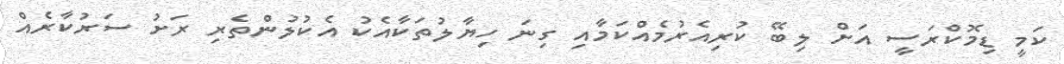
ކަމީ ޑިމޮކްރަސީ އަށް ލިބޭ ކުރިއެރުމެއްކަމާއި ގިނަ ހިޔާލުތަކާއެކު އެކުލުންތެރި ރަށު ސަރުކާރެއް